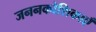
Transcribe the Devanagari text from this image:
जननकोशिकाएँ